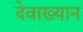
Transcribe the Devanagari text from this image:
देवाख्यान